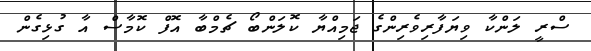
ސްރީ ލަންކާ ވިޔަފާރިވެރިންގެ ޖަމިއްޔާ ކޮލަންބޯ ޗެމްބާ އޮފް ކޮމާސް އާ ގުޅިގެން